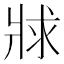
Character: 𤕾